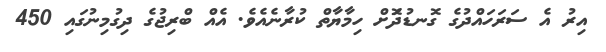
އިރު އެ ސަރަހައްދުގެ ގޮނޑުދޮަށް ހިމާޔާތް ކުރާނެއެވެ. އެއް ބްރިޖުގެ ދިގުމިނުގައި 450